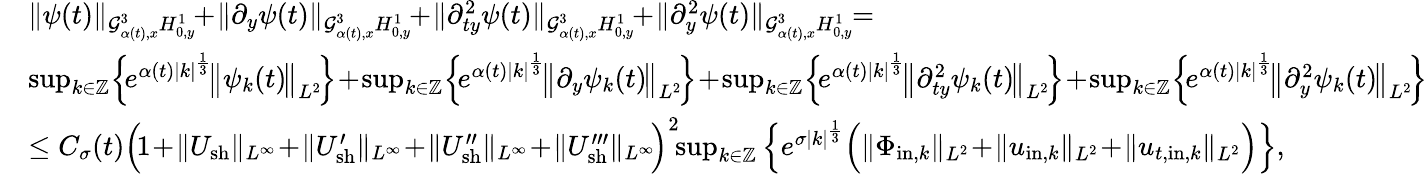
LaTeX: \begin{array}{rl}&{\| \psi(t)\| _{\mathcal{G}_{\alpha(t),x}^{3}H_{0,y}^{1}}\! \! +\! \| \partial_{y}\psi(t)\| _{\mathcal{G}_{\alpha(t),x}^{3}H_{0,y}^{1}}\! \! +\! \| \partial_{ty}^{2}\psi(t)\| _{\mathcal{G}_{\alpha(t),x}^{3}H_{0,y}^{1}}\! \! +\! \| \partial_{y}^{2}\psi(t)\| _{\mathcal{G}_{\alpha(t),x}^{3}H_{0,y}^{1}}\! \! =}\\ &{\operatorname*{sup}_{k\in\mathbb Z}\! \Big\{ \! e^{\alpha(t)|k|^{\frac{1}{3}}}\! \big\| \psi_{k}(t)\! \big\| _{L^{2}}\! \Big\} \! +\! \operatorname*{sup}_{k\in\mathbb Z}\! \Big\{ \! e^{\alpha(t)|k|^{\frac{1}{3}}}\! \big\| \partial_{y}\psi_{k}(t)\! \big\| _{L^{2}}\! \Big\} \! +\! \operatorname*{sup}_{k\in\mathbb Z}\! \Big\{ \! e^{\alpha(t)|k|^{\frac{1}{3}}}\! \big\| \partial_{ty}^{2}\psi_{k}(t)\! \big\| _{L^{2}}\! \Big\} \! +\! \operatorname*{sup}_{k\in\mathbb Z}\! \Big\{ \! e^{\alpha(t)|k|^{\frac{1}{3}}}\! \big\| \partial_{y}^{2}\psi_{k}(t)\! \big\| _{L^{2}}\! \Big\} }\\ &{\leq C_{\sigma}(t)\Big(\! 1\! +\! \| U_{\mathrm{sh}}\| _{L^{\infty}}\! +\! \| U_{\mathrm{sh}}^{\prime}\| _{L^{\infty}}\! +\! \| U_{\mathrm{sh}}^{\prime\prime}\| _{L^{\infty}}\! +\! \| U_{\mathrm{sh}}^{\prime\prime\prime}\| _{L^{\infty}}\! \Big)^{2}\! \! \operatorname*{sup}_{k\in\mathbb Z}\Big\{ e^{\sigma|k|^{\frac{1}{3}}}\Big(\| \Phi_{\mathrm{in},k}\| _{L^{2}}\! +\! \| u_{\mathrm{in},k}\| _{L^{2}}\! +\! \| u_{t,\mathrm{in},k}\| _{L^{2}}\Big)\Big\} ,}\end{array}